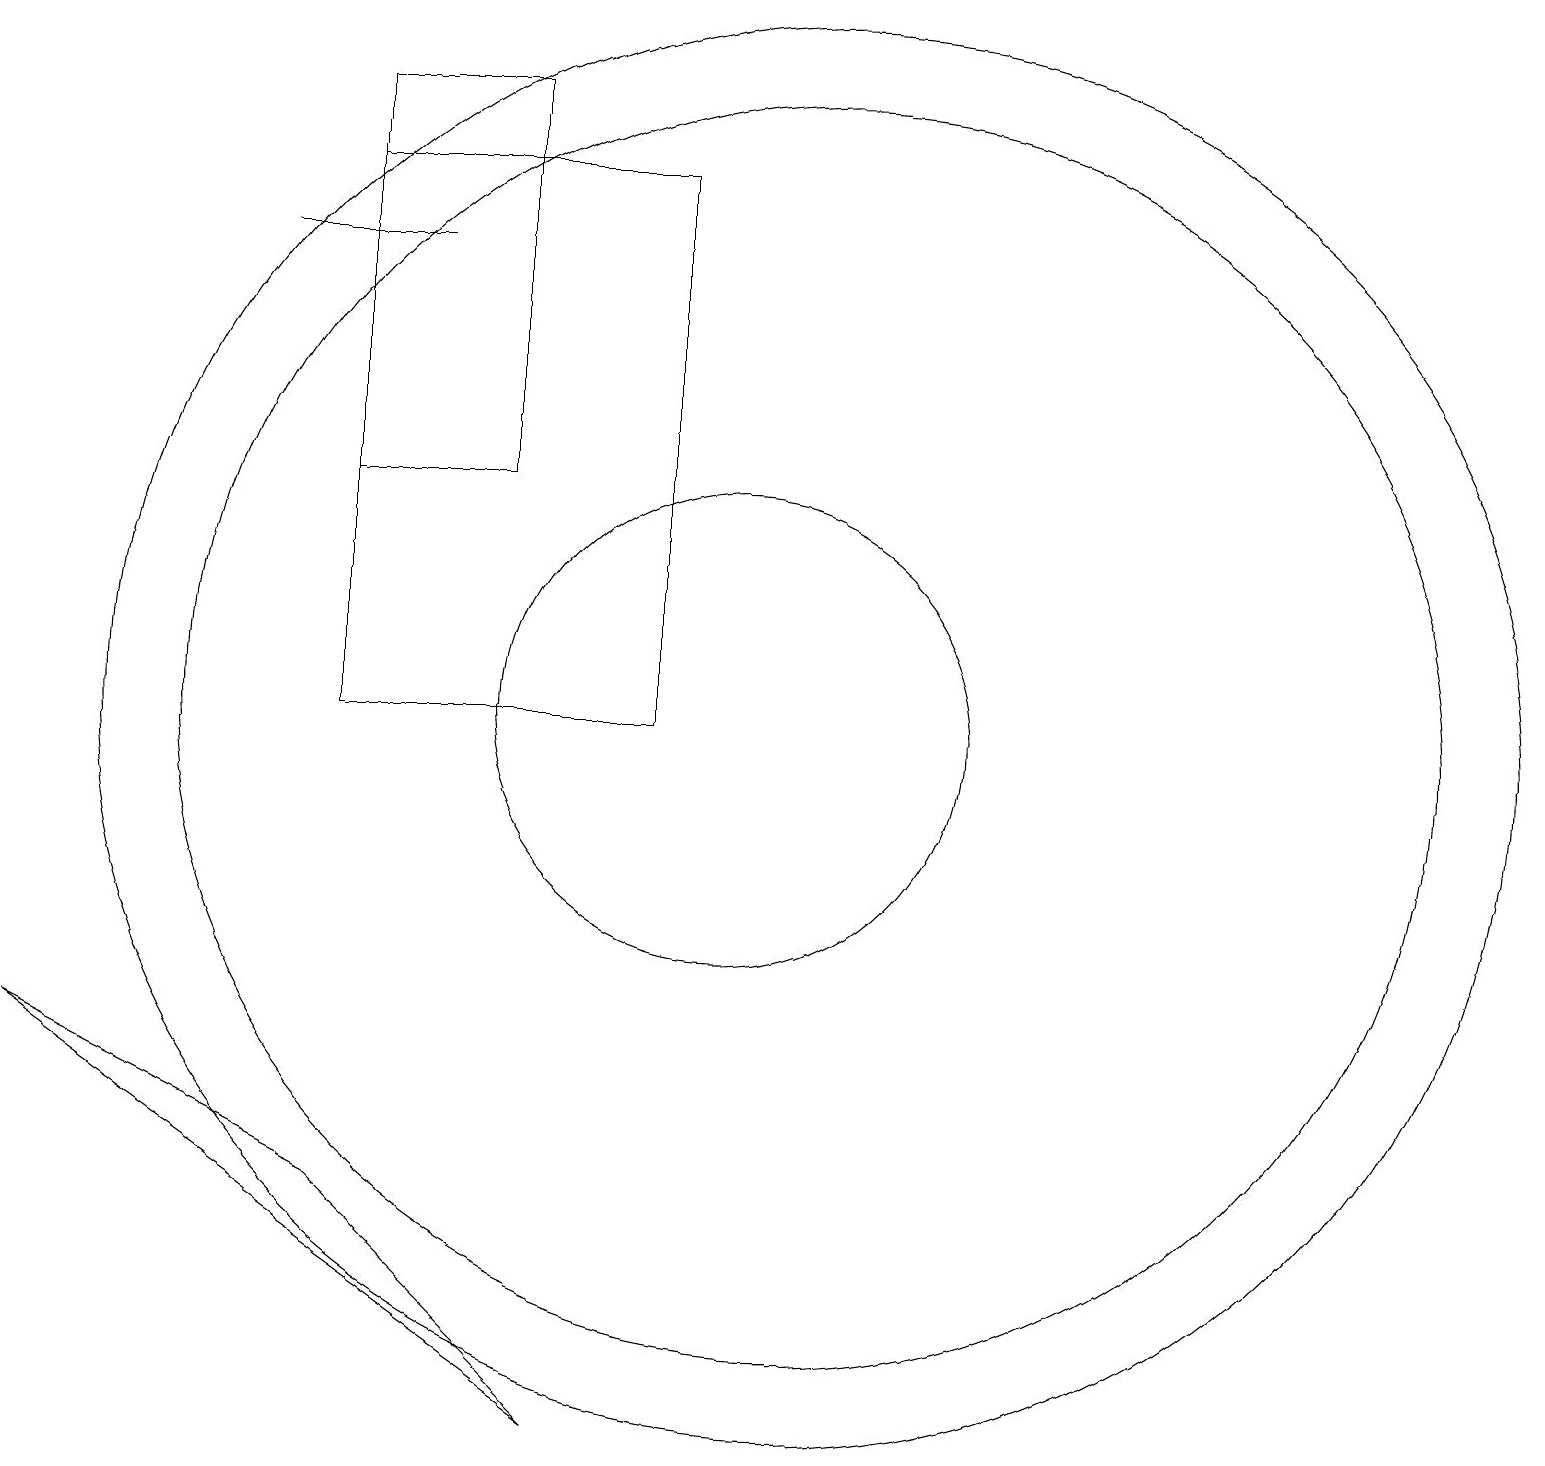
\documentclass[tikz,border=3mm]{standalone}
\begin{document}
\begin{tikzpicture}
\draw (11,11) circle (8);
\draw (6,17) rectangle (4,17);
\draw (1,7) -- (8,2) -- (5,5) -- cycle;
\draw (11,11) circle (9);
\draw (12,10) circle (0);
\draw (9,11) rectangle (5,18);
\draw (10,11) circle (3);
\draw (5,19) rectangle (7,14);
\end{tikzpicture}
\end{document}